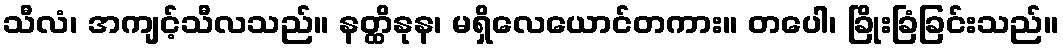
သီလံ၊ အကျင့်သီလသည်။ နတ္ထိနုန၊ မရှိလေယောင်တကား။ တပေါ၊ ခြိုးခြံခြင်းသည်။